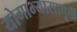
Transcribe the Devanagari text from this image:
योगाभ्यासापूर्वी